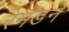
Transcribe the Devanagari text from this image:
रेमंडने